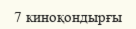
7 киноқондырғы